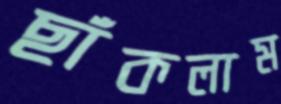
ছাঁকলাম